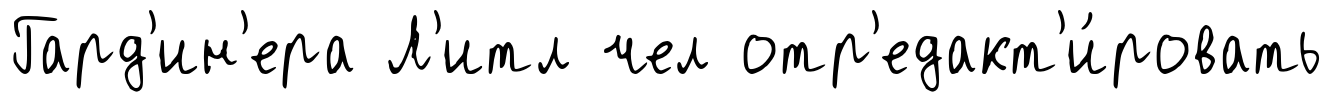
Гард'ин'ера Л'итл чел отр'едакт'и́ровать